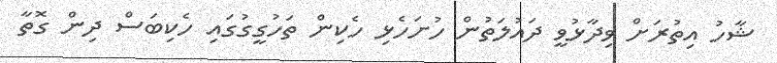
ޝާހު އިތުރަށް ވިދާޅުވީ ދައުލަތުން ހުށަހެޅި ހެކިން ތަހުގީގުގައި ހެކިބަސް ދިން ގޮތާ